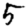
Digit: 5